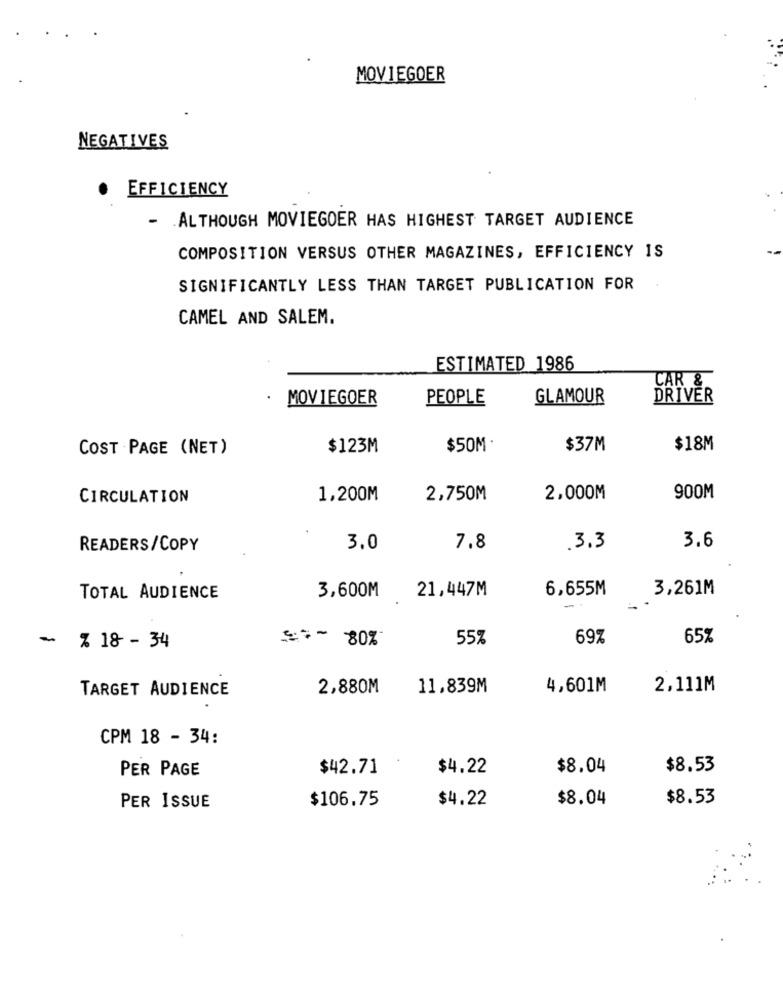
MOVIEGOER
NEGATIVES
EFFICIENCY
- . ALTHOUGH MOVIEGOER HAS HIGHEST TARGET AUDIENCE
COMPOSITION VERSUS OTHER MAGAZINES, EFFICIENCY IS
SIGNIFICANTLY LESS THAN TARGET PUBLICATION FOR
CAMEL AND SALEM.
ESTIMATED 1986
CAR &
.
MOVIEGOER
PEOPLE
GLAMOUR
DRIVER
COST PAGE (NET)
$123M
$50M
$37M
$18M
CIRCULATION
1,200M
2,750M
2,000M
900M
3.6
READERS/COPY
3.0
7.8
3.3
21,447M
6,655M
3,261M
TOTAL AUDIENCE
3,600M
-
=== 80%
55%
69%
65%
~ % 18 - 34
TARGET AUDIENCE
2,880M
11,839M
4,601M
2,111M
CPM 18 - 34:
PER PAGE
$42.71
$4.22
$8.04
$8.53
$106.75
$4.22
$8.04
$8.53
PER ISSUE